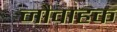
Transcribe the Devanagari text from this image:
नौवाहक